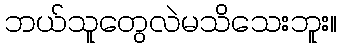
ဘယ်သူတွေလဲမသိသေးဘူး။